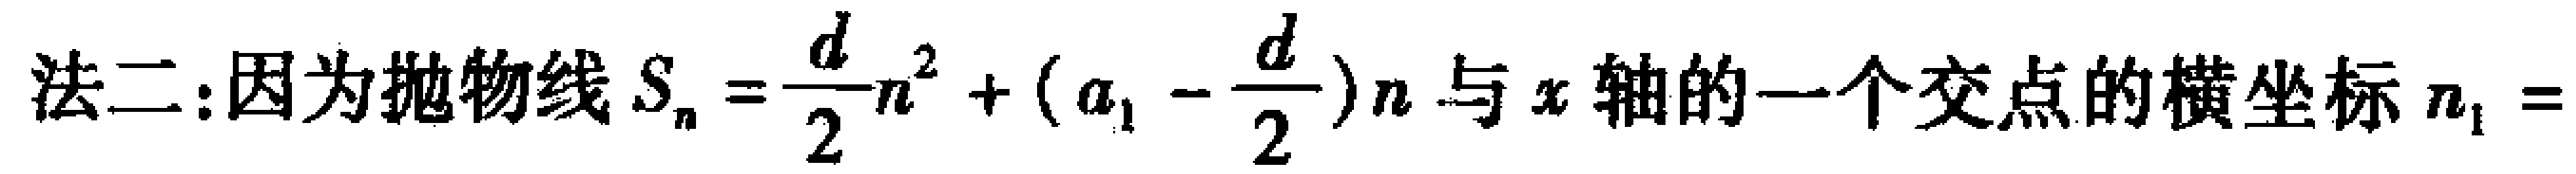
法二:因为抛物线$S_{n}=\frac{d}{2}n^{2}+(a_{1}-\frac{d}{2})n$与$x$轴的一个交点的横坐标$n_{1}=$